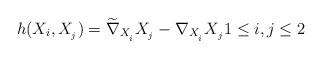
LaTeX: \begin{align*}h(X_{i},X_{_{j}})=\widetilde{\nabla }_{X_{_{i}}}X_{_{j}}-\nabla_{X_{_{i}}}X_{_{j}}1\leq i,j\leq 2 \end{align*}